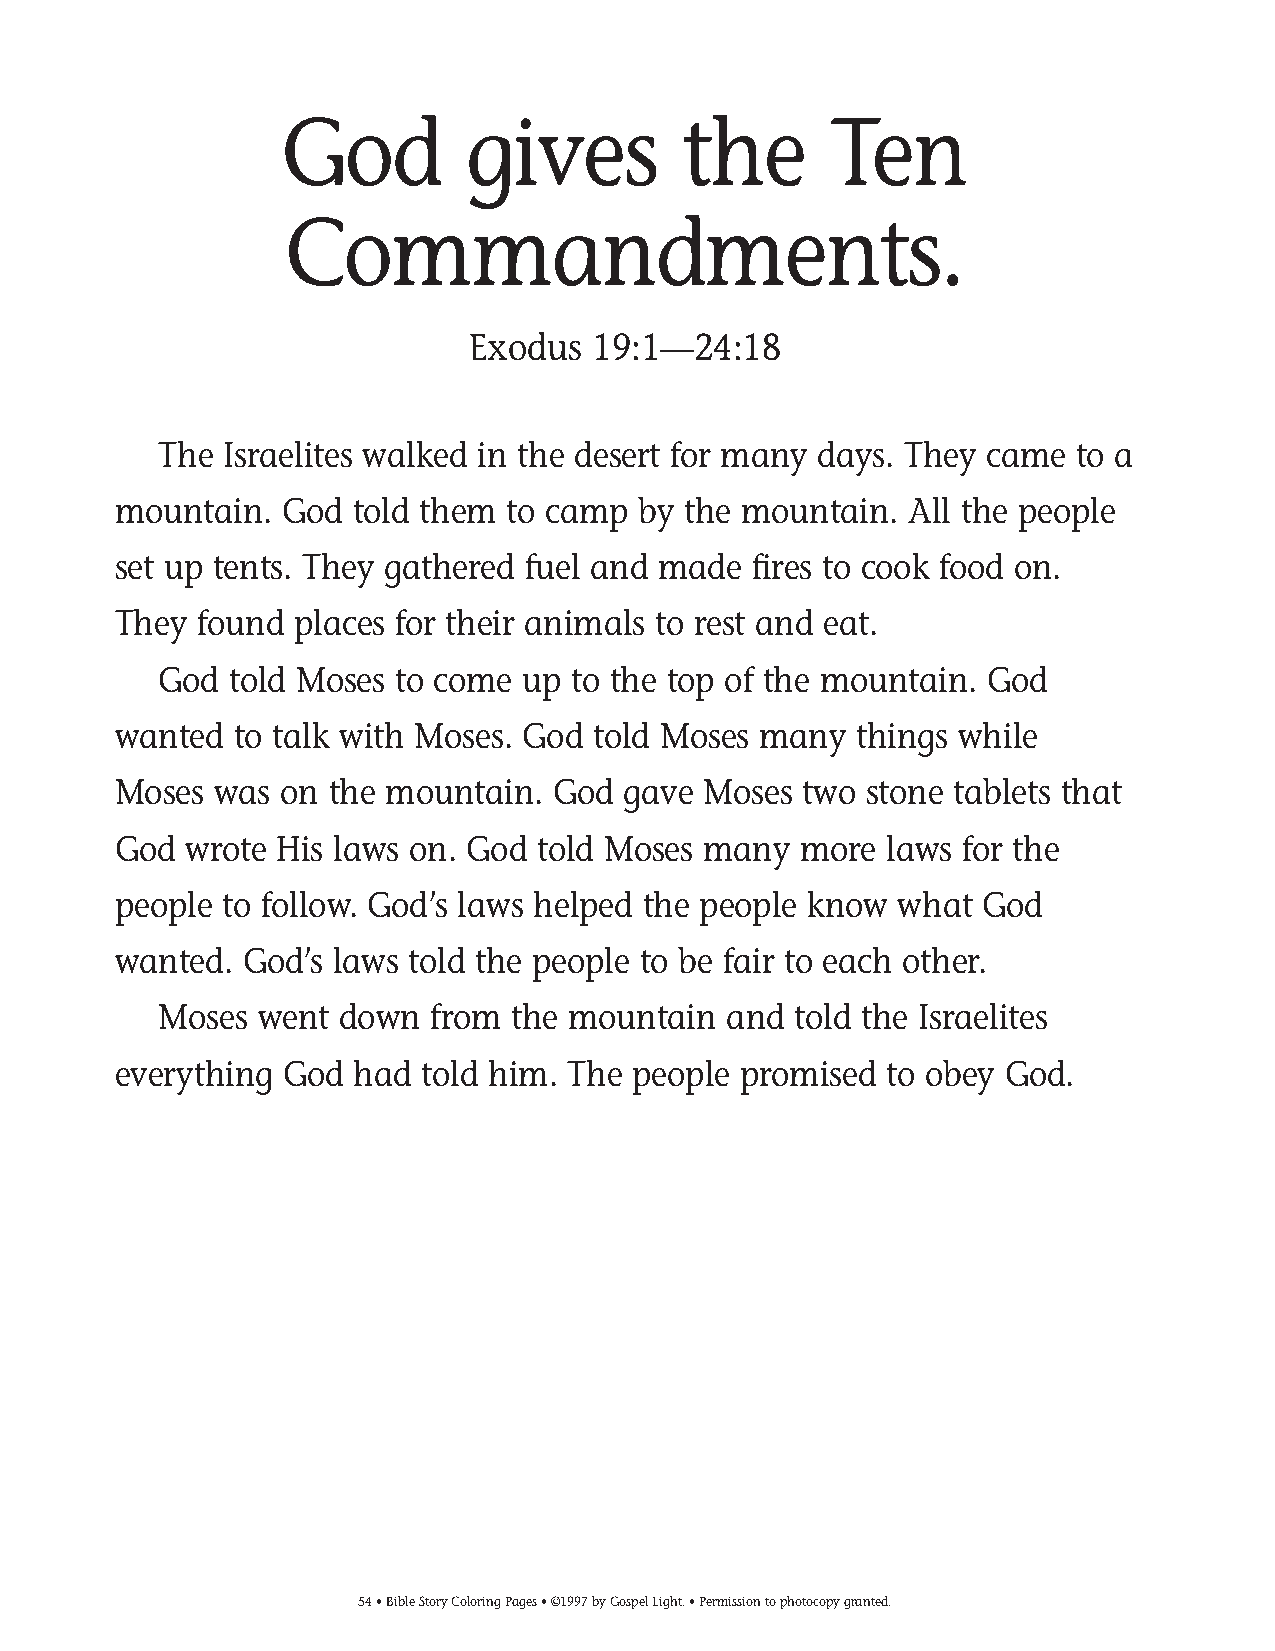
035-64 Coloring pgs_035-64 Coloring pgs 2/19/14 11:45 AM Page 54
 God         gives          the      Ten
 Commandments.
 Exodus   19:1—24:18
 The Israelites walked in the desert for many days. They came to a
 mountain.  God  told them to camp  by the mountain.  All the people
 set up tents. They gathered fuel and made fires to cook food on.
 They found  places for their animals to rest and eat.
 God  told Moses to come up to the top of the mountain. God
 wanted  to talk with Moses. God told Moses many  things while
 Moses  was on the mountain.  God  gave Moses  two stone tablets that
 God  wrote His laws on. God told Moses many  more  laws for the
 people to follow. God’s laws helped the people know what God
 wanted.  God’s laws told the people to be fair to each other.
 Moses went  down  from the mountain   and told the Israelites
 everything God  had told him. The people promised  to obey God.
 54• Bible Story Coloring Pages • ©1997 by Gospel Light. • Permission to photocopy granted.